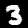
Digit: 3